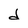
Character: d